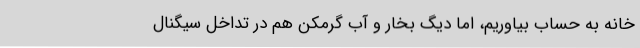
خانه به حساب بیاوریم،‌ اما دیگ بخار و آب گرمکن هم در تداخل سیگنال